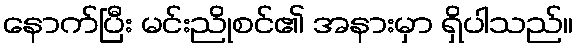
နောက်ပြီး မင်းညိုစင်၏ အနားမှာ ရှိပါသည်။